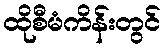
ထိုစီမံကိန်းတွင်